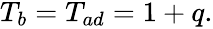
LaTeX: \begin{array}{r}{T_{b}=T_{ad}=1+q.}\end{array}